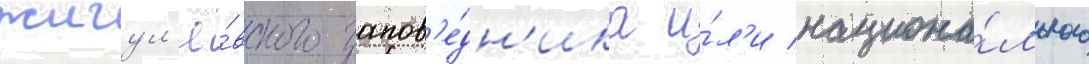
жигул'ё́вского запов'е́дн'ика и́л'и национа́льного